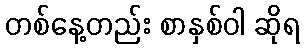
တစ်နေ့တည်း စာနှစ်ဝါ ဆိုရ